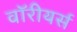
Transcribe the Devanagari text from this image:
वॉरीयर्स